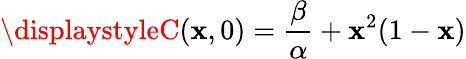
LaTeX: \displaystyleC(\mathbf{x},0)=\frac{{\beta}}{{\alpha}}+\mathbf{x}^{2}(1-\mathbf{x})